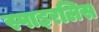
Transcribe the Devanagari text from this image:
स्पाइरलिस